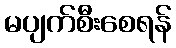
မပျက်စီးစေရန်